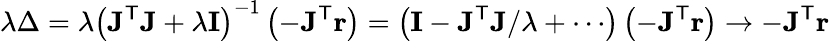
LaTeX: \lambda\Delta=\lambda\left(\mathbf{J^{\mathsf{T}}J}+\lambda\mathbf{I}\right)^{-1}\left(-\mathbf{J}^{\mathsf{T}}\mathbf{r}\right)=\left(\mathbf{I}-\mathbf{J^{\mathsf{T}}J}/\lambda+\cdots\right)\left(-\mathbf{J}^{\mathsf{T}}\mathbf{r}\right)\to-\mathbf{J}^{\mathsf{T}}\mathbf{r}